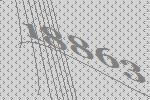
18863